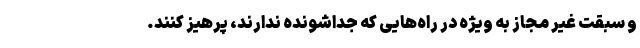
و سبقت غیر مجاز به ویژه در راه‌هایی که جداشونده ندارند، پرهیز کنند.